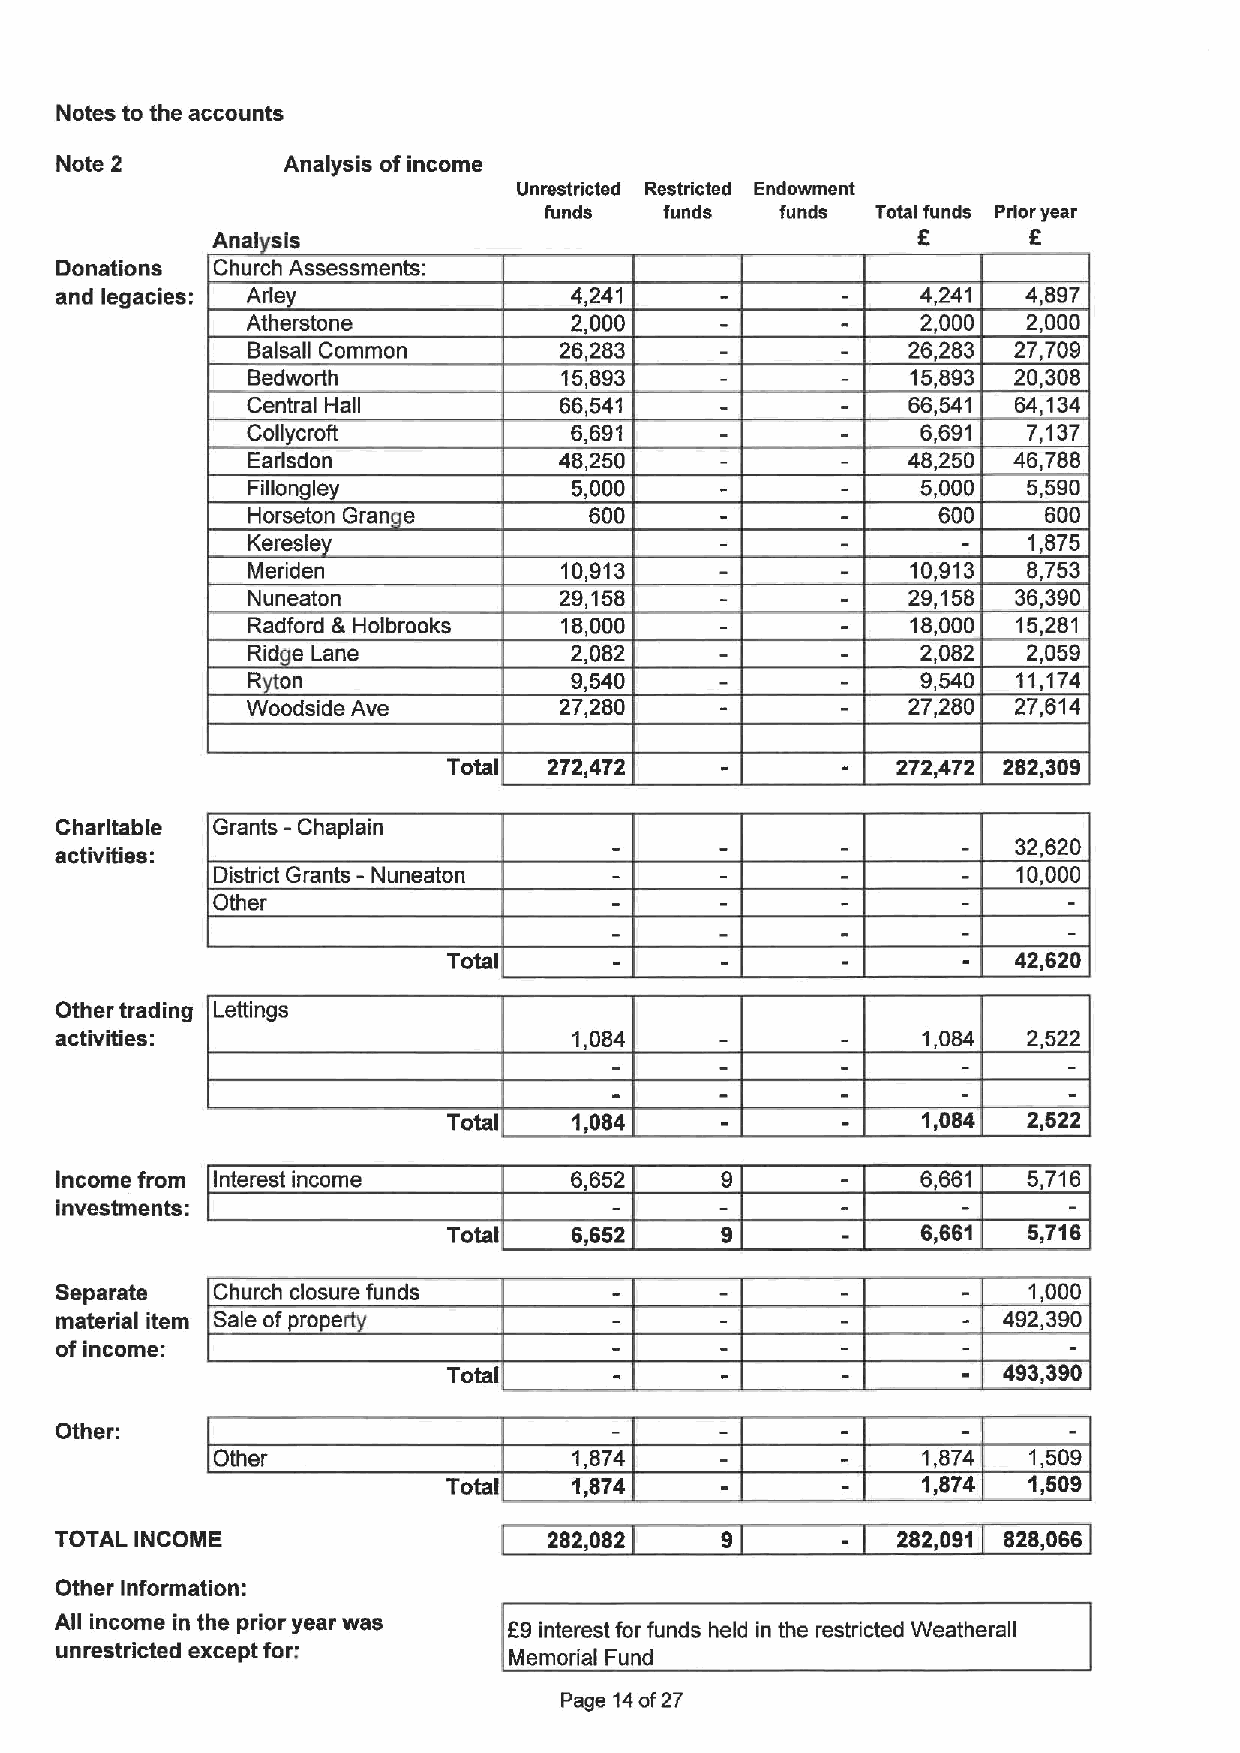
Notes to the accounts
 Note 2         Analysis of income
 Unrestricted Restricted Endowment
 funds   funds   funds Total funds Prior year
 f      f
 Anal sis
 Donations Church Assessments:
 and legacies: Arley               4,241                  4,241  4,897
 Atherstone            2,000                  2,000  2,000
 Balsall Common       26,283                 26,283 27,709
 Bedworth             15,893                 15,893 20,308
 Central Hall         66,541                 66,541 64,134
 Collycroft            6,691                  6,691  7,137
 Earlsdon             48,250                 48,250 46,788
 Fillongley            5,000                  5,000  5,590
 Horseton Gran e        600                    600    600
 Keresle                                             1,875
 Meriden              10,913                 10,913  8,753
 Nuneaton             29,158                 29,158 36,390
 Radford &Holbrooks   18,000                 18,000 15,281
 Rid e Lane            2,082                  2,082  2,059
 R  on                 9,540                  9,540 11,174
 Woodside Ave         27,280                 27,280 27,614
 Total 272,472                272,472 282,309
 -
 Charitable Grants Chaplain
 32,620
 activities:
 District Grants - Nuneaton                           10,000
 Other
 Total                                42,620
 Other trading Lettings
 activities:                       1,084                  1,084  2,522
 Total   1,084                  1,084  2,522
 Income from Interest income       6,652                  6,661  5,716
 investments:
 Total   6,652                  8,661  5,716
 Separate  Church closure funds                                  1,000
 material item Saleof ro e                                     492,390
 of income:
 Total                               493,390
 Other:
 Other                   1,874                  1,874  1,509
 Total   1,874                  1,874  1,509
 TOTAL INCOME                    282,082     9          282,091 828,068
 Other information:
 All income in the prior year was f 9 interest for funds held in the restricted Weatherall
 unrestricted except for:
 Memorial Fund
 Page 14of27